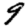
Digit: 9